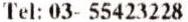
TEL: 03- 55423228